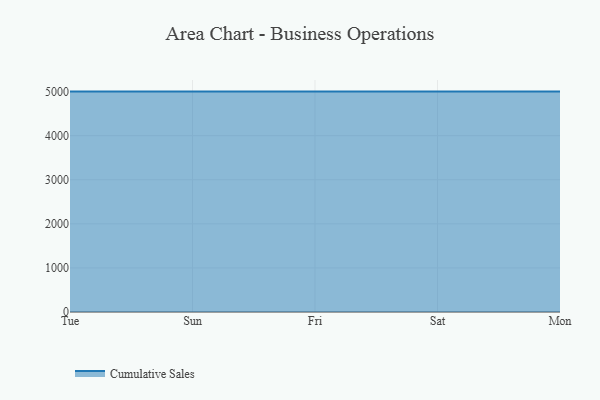
{"axis": {"x": "Day", "y": "Bounce Rate (%)"}, "legend": ["Cumulative Sales"], "data": [{"x": "Tue", "y": 5000, "type": "Cumulative Sales"}, {"x": "Sun", "y": 5000, "type": "Cumulative Sales"}, {"x": "Fri", "y": 5000, "type": "Cumulative Sales"}, {"x": "Sat", "y": 5000, "type": "Cumulative Sales"}, {"x": "Mon", "y": 5000, "type": "Cumulative Sales"}]}